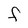
Character: F